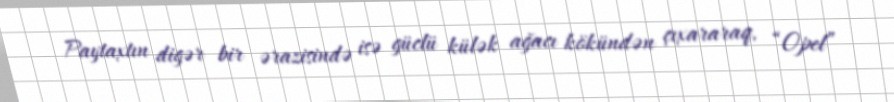
Paytaxtın digər bir ərazisində isə güclü külək ağacı kökündən çıxararaq, “Opel”